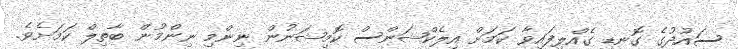
ސައުދުގެ ގޮނޑި ގެއްލިފައިވާ ކަމަށް އިލެކްޝަންސް ކޮމިޝަނުން ނިންމި ނިންމުން ބާތިލް ކަމަށެވެ.